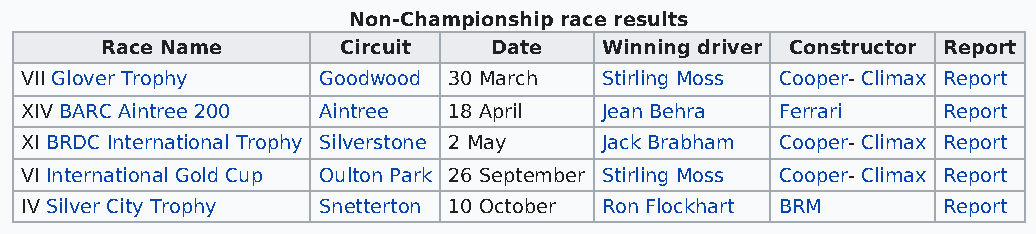
Non-Championship race results
 Race Name      Circuit   Date    Winning driver Constructor Report
 VII Glover Trophy   Goodwood 30 March  Stirling Moss Cooper- Climax Report
 XIV BARC Aintree 200 Aintree 18 April  Jean Behra  Ferrari   Report
 XI BRDC International Trophy Silverstone 2 May Jack Brabham Cooper- Climax Report
 VI International Gold Cup Oulton Park 26 September Stirling Moss Cooper- Climax Report
 IV Silver City Trophy Snetterton 10 October Ron Flockhart BRM Report